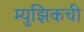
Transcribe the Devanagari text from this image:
म्युझिकची